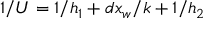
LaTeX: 1 / U = 1 / h _ { 1 } + d x _ { w } / k + 1 / h _ { 2 }